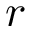
r